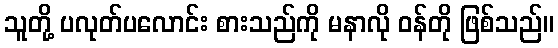
သူတို့ ပလုတ်ပလောင်း စားသည်ကို မနာလို ဝန်တို ဖြစ်သည်။